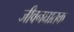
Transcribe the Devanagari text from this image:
जीवनघातक